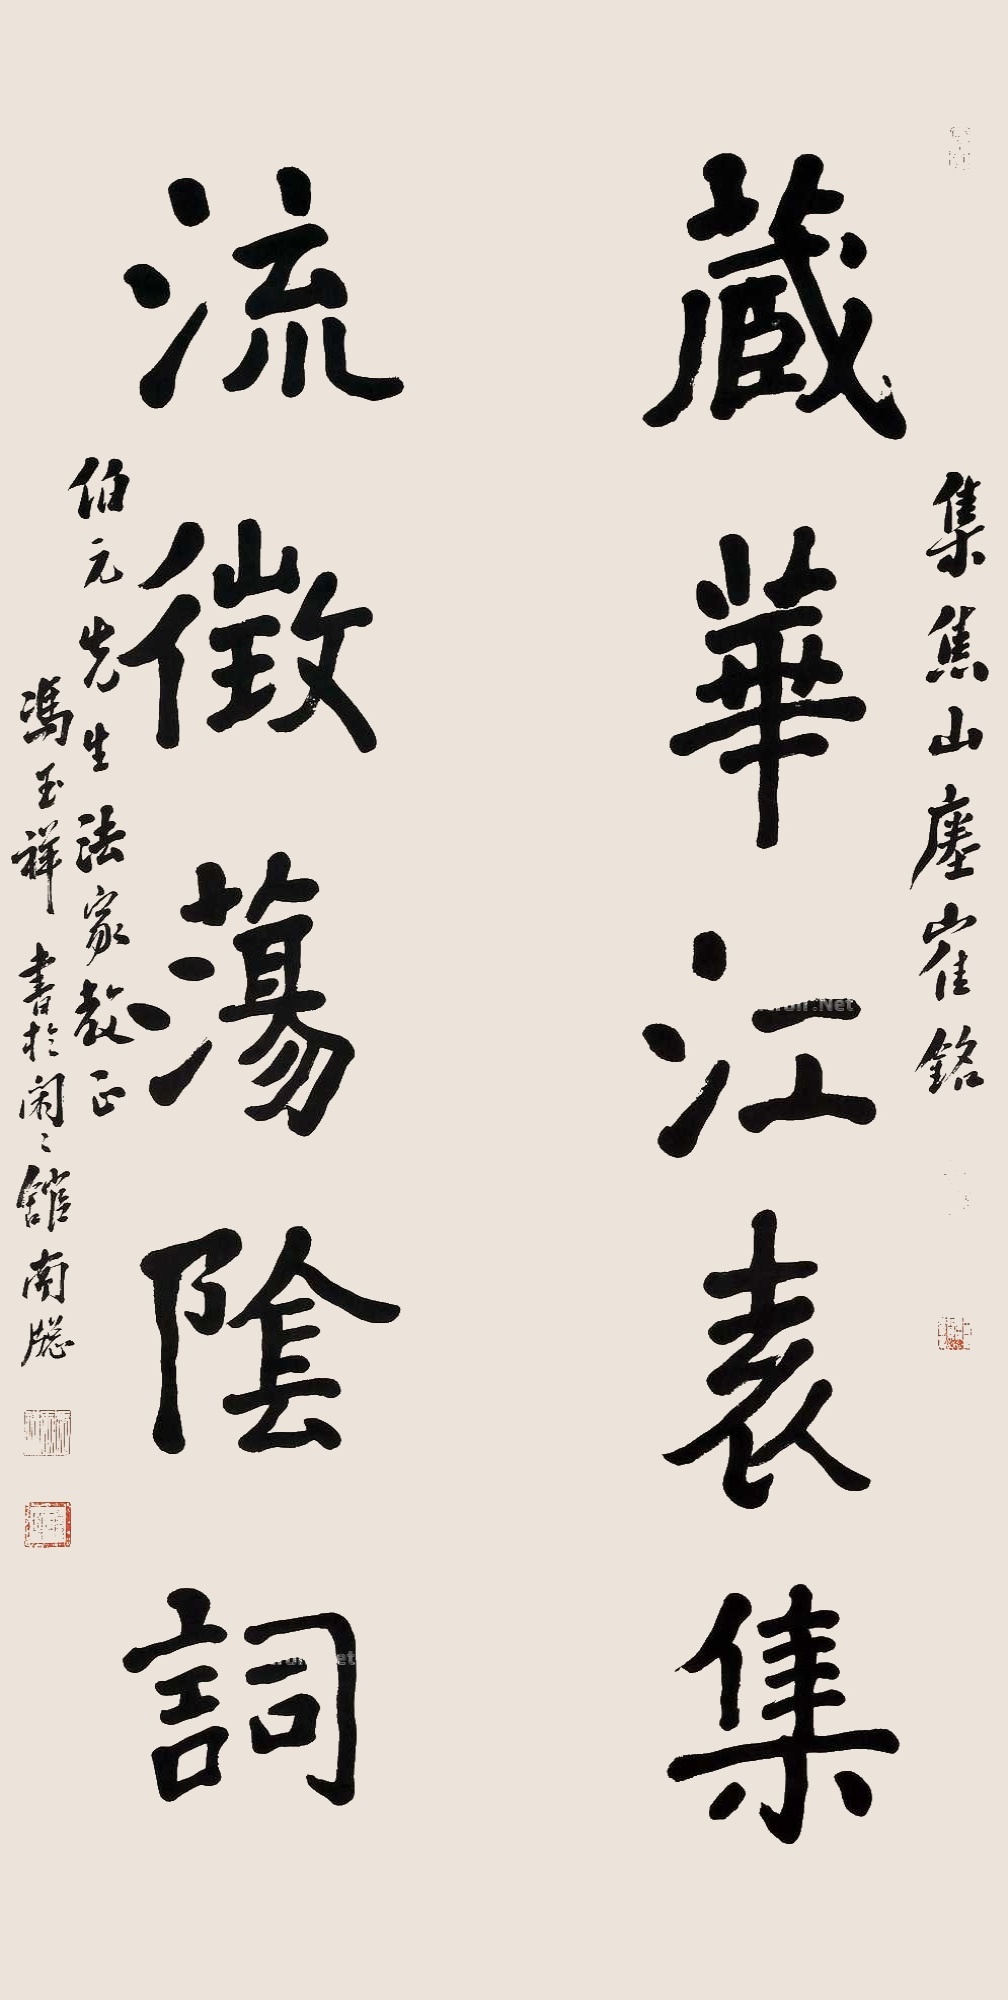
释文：藏华江表集，流征荡阴词。集焦山瘗鹤铭。伯元先生法家教正，冯玉祥书于闲闲馆南窗。